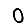
Digit: 0